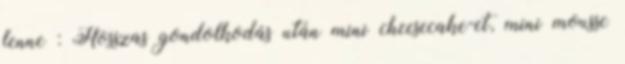
lenne : Hosszas gondolkodás után mini cheesecake-et, mini mousse